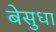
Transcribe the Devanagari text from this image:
बेसुधा